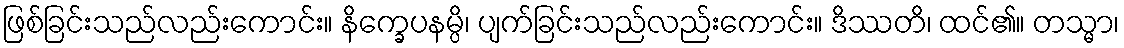
ဖြစ်ခြင်းသည်လည်းကောင်း။ နိက္ခေပနမ္ပိ၊ ပျက်ခြင်းသည်လည်းကောင်း။ ဒိဿတိ၊ ထင်၏။ တသ္မာ၊